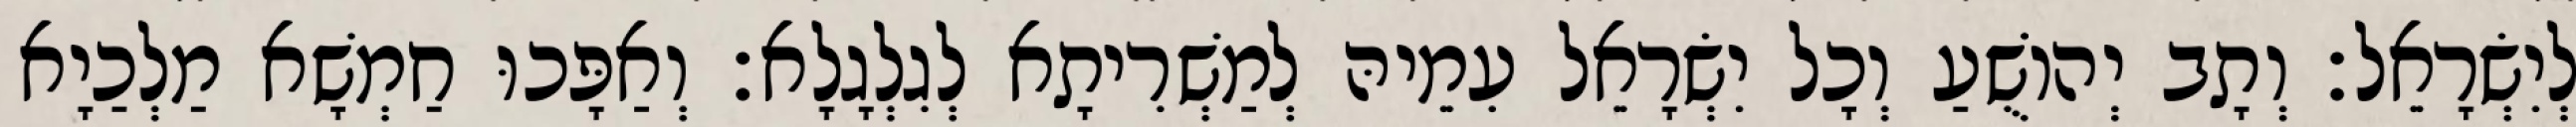
לְיִשְׂרָאֵל׃ וְתָב יְהוֹשֻׁעַ וְכָל יִשְׂרָאֵל עִמֵיהּ לְמַשְׁרִיתָא לְגִלְגָלָא׃ וְאַפָּכוּ חַמְשָׁא מַלְכַיָא